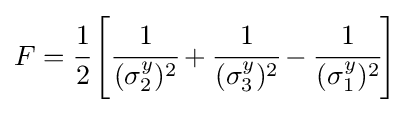
F={\cfrac {1}{2}}\left[{\cfrac {1}{(\sigma _{2}^{y})^{2}}}+{\cfrac {1}{(\sigma _{3}^{y})^{2}}}-{\cfrac {1}{(\sigma _{1}^{y})^{2}}}\right]